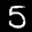
Label: 5